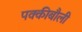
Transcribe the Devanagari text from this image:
पक्कीबौली